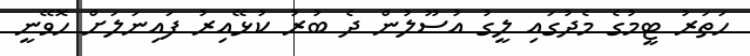
ހަތަރު ޓީމުގެ މެދުގައި ލީގު އުސޫލުން ދެ ބުރު ކުޅޭއިރު ފައިނަލަށް ހޮވޭނީ